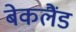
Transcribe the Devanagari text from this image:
बेकलैंड